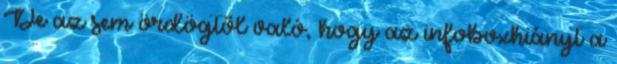
De az sem ördögtől való, hogy az infoboxhiányt a